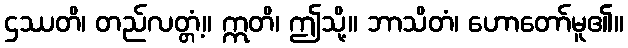
ဌဿတိ၊ တည်လတ္တံ့။ ဣတိ၊ ဤသို့။ ဘာသိတံ၊ ဟောတော်မူ၏။